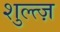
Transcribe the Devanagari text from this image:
शुल्त्ज़